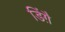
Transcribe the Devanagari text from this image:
डिंग़ै